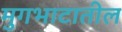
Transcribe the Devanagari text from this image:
मुगभाटातील